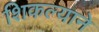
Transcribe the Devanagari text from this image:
शिकल्याने